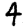
Digit: 4